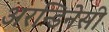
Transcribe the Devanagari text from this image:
अरन्डिनेसी